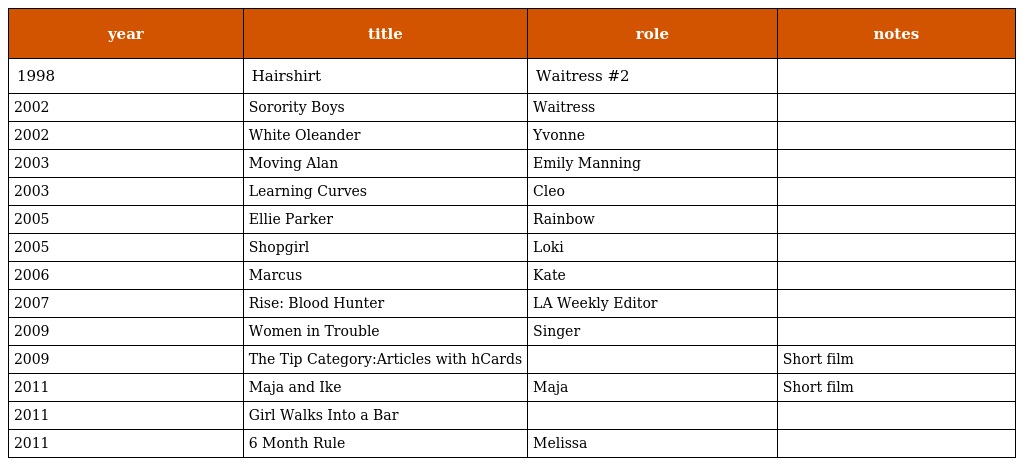
| year | title | role | notes |
 | --- | --- | --- | --- |
 | 1998 | Hairshirt | Waitress #2 |  |
 | 2002 | Sorority Boys | Waitress |  |
 | 2002 | White Oleander | Yvonne |  |
 | 2003 | Moving Alan | Emily Manning |  |
 | 2003 | Learning Curves | Cleo |  |
 | 2005 | Ellie Parker | Rainbow |  |
 | 2005 | Shopgirl | Loki |  |
 | 2006 | Marcus | Kate |  |
 | 2007 | Rise: Blood Hunter | LA Weekly Editor |  |
 | 2009 | Women in Trouble | Singer |  |
 | 2009 | The Tip Category:Articles with hCards |  | Short film |
 | 2011 | Maja and Ike | Maja | Short film |
 | 2011 | Girl Walks Into a Bar |  |  |
 | 2011 | 6 Month Rule | Melissa |  |